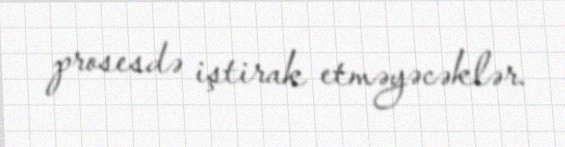
prosesdə iştirak etməyəcəklər.